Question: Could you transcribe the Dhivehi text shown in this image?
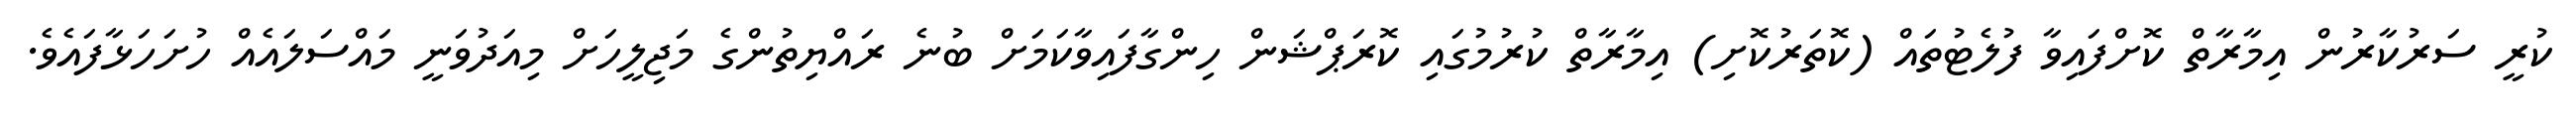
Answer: ކުރީ ސަރުކާރުން އިމާރާތް ކޮށްފައިވާ ފުލެޓުތައް (ކޮތަރުކޮށި) އިމާރާތް ކުރުމުގައި ކޮރަޕްޝަން ހިންގާފައިވާކަމަށް ބުނެ ރައްޔިތުންގެ މަޖިލީހަށް މިއަދުވަނީ މައްސަލައެއް ހުށަހަޅާފައެވެ.